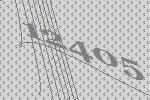
12405